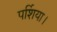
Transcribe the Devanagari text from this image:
पर्शिया।